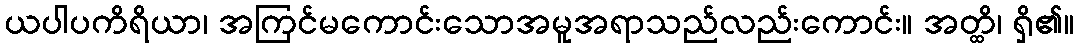
ယပါပကိရိယာ၊ အကြင်မကောင်းသောအမူအရာသည်လည်းကောင်း။ အတ္ထိ၊ ရှိ၏။